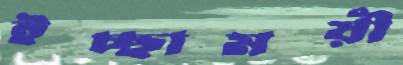
ইচ্ছাময়ী